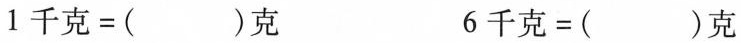
$$1 千 克 = ( ) 克$$ $$6 千 克 = ( ) 克$$